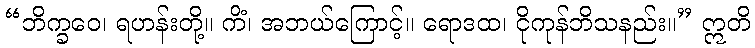
“ဘိက္ခဝေ၊ ရဟန်းတို့။ ကိံ၊ အဘယ်ကြောင့်။ ရောဒထ၊ ငိုကုန်ဘိသနည်း။” ဣတိ